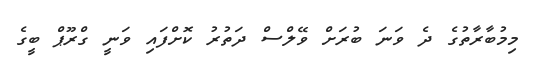
މިމުބާރާތުގެ ދެ ވަނަ ބުރަށް ވޭލްސް ދަތުރު ކޮށްފައި ވަނީ ގްރޫޕް ބީގެ